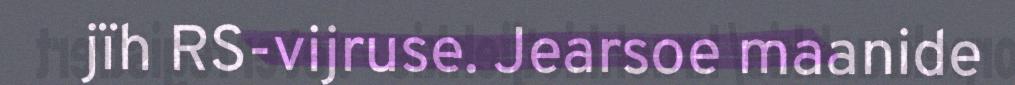
jïh RS-vijruse. Jearsoe maanide